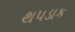
થપડાક